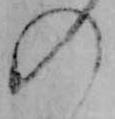
の